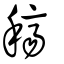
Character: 穧